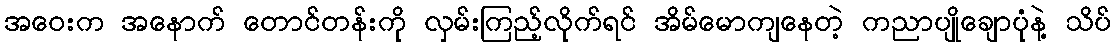
အဝေးက အနောက် တောင်တန်းကို လှမ်းကြည့်လိုက်ရင် အိမ်မောကျနေတဲ့ ကညာပျိုချောပုံနဲ့ သိပ်